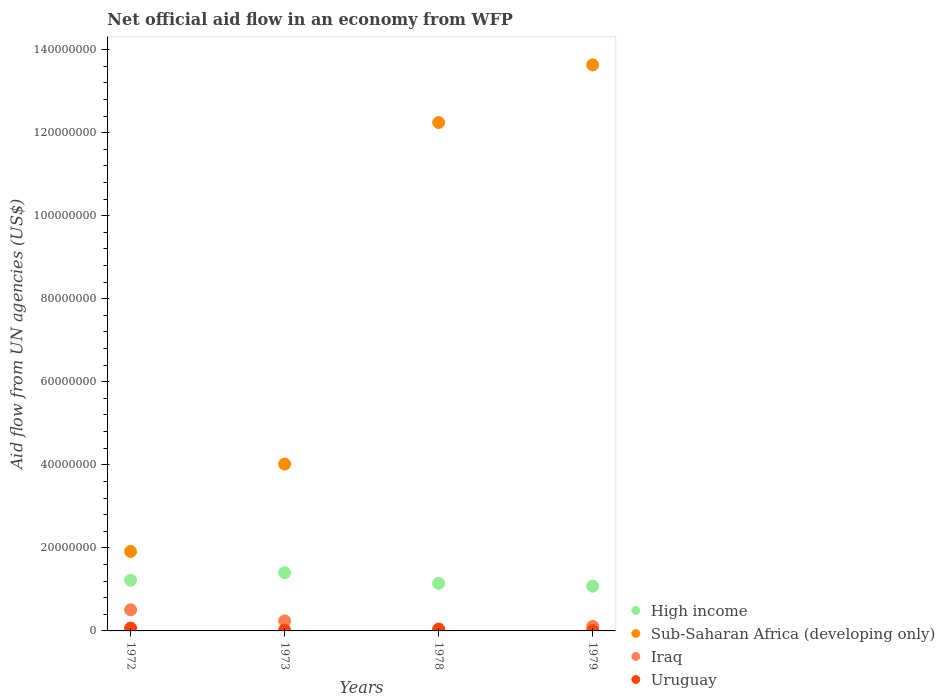
| Years | High income | Sub-Saharan Africa (developing only) | Iraq | Uruguay |
 | --- | --- | --- | --- | --- |
 | 1972 | 1.22e+07 | 1.91e+07 | 5.08e+06 | 6.8e+05 |
 | 1973 | 1.4e+07 | 4.02e+07 | 2.41e+06 | 2.2e+05 |
 | 1978 | 1.15e+07 | 1.22e+08 | 2.3e+05 | 4.5e+05 |
 | 1979 | 1.08e+07 | 1.36e+08 | 1.09e+06 | 8e+04 |